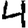
Digit: 4